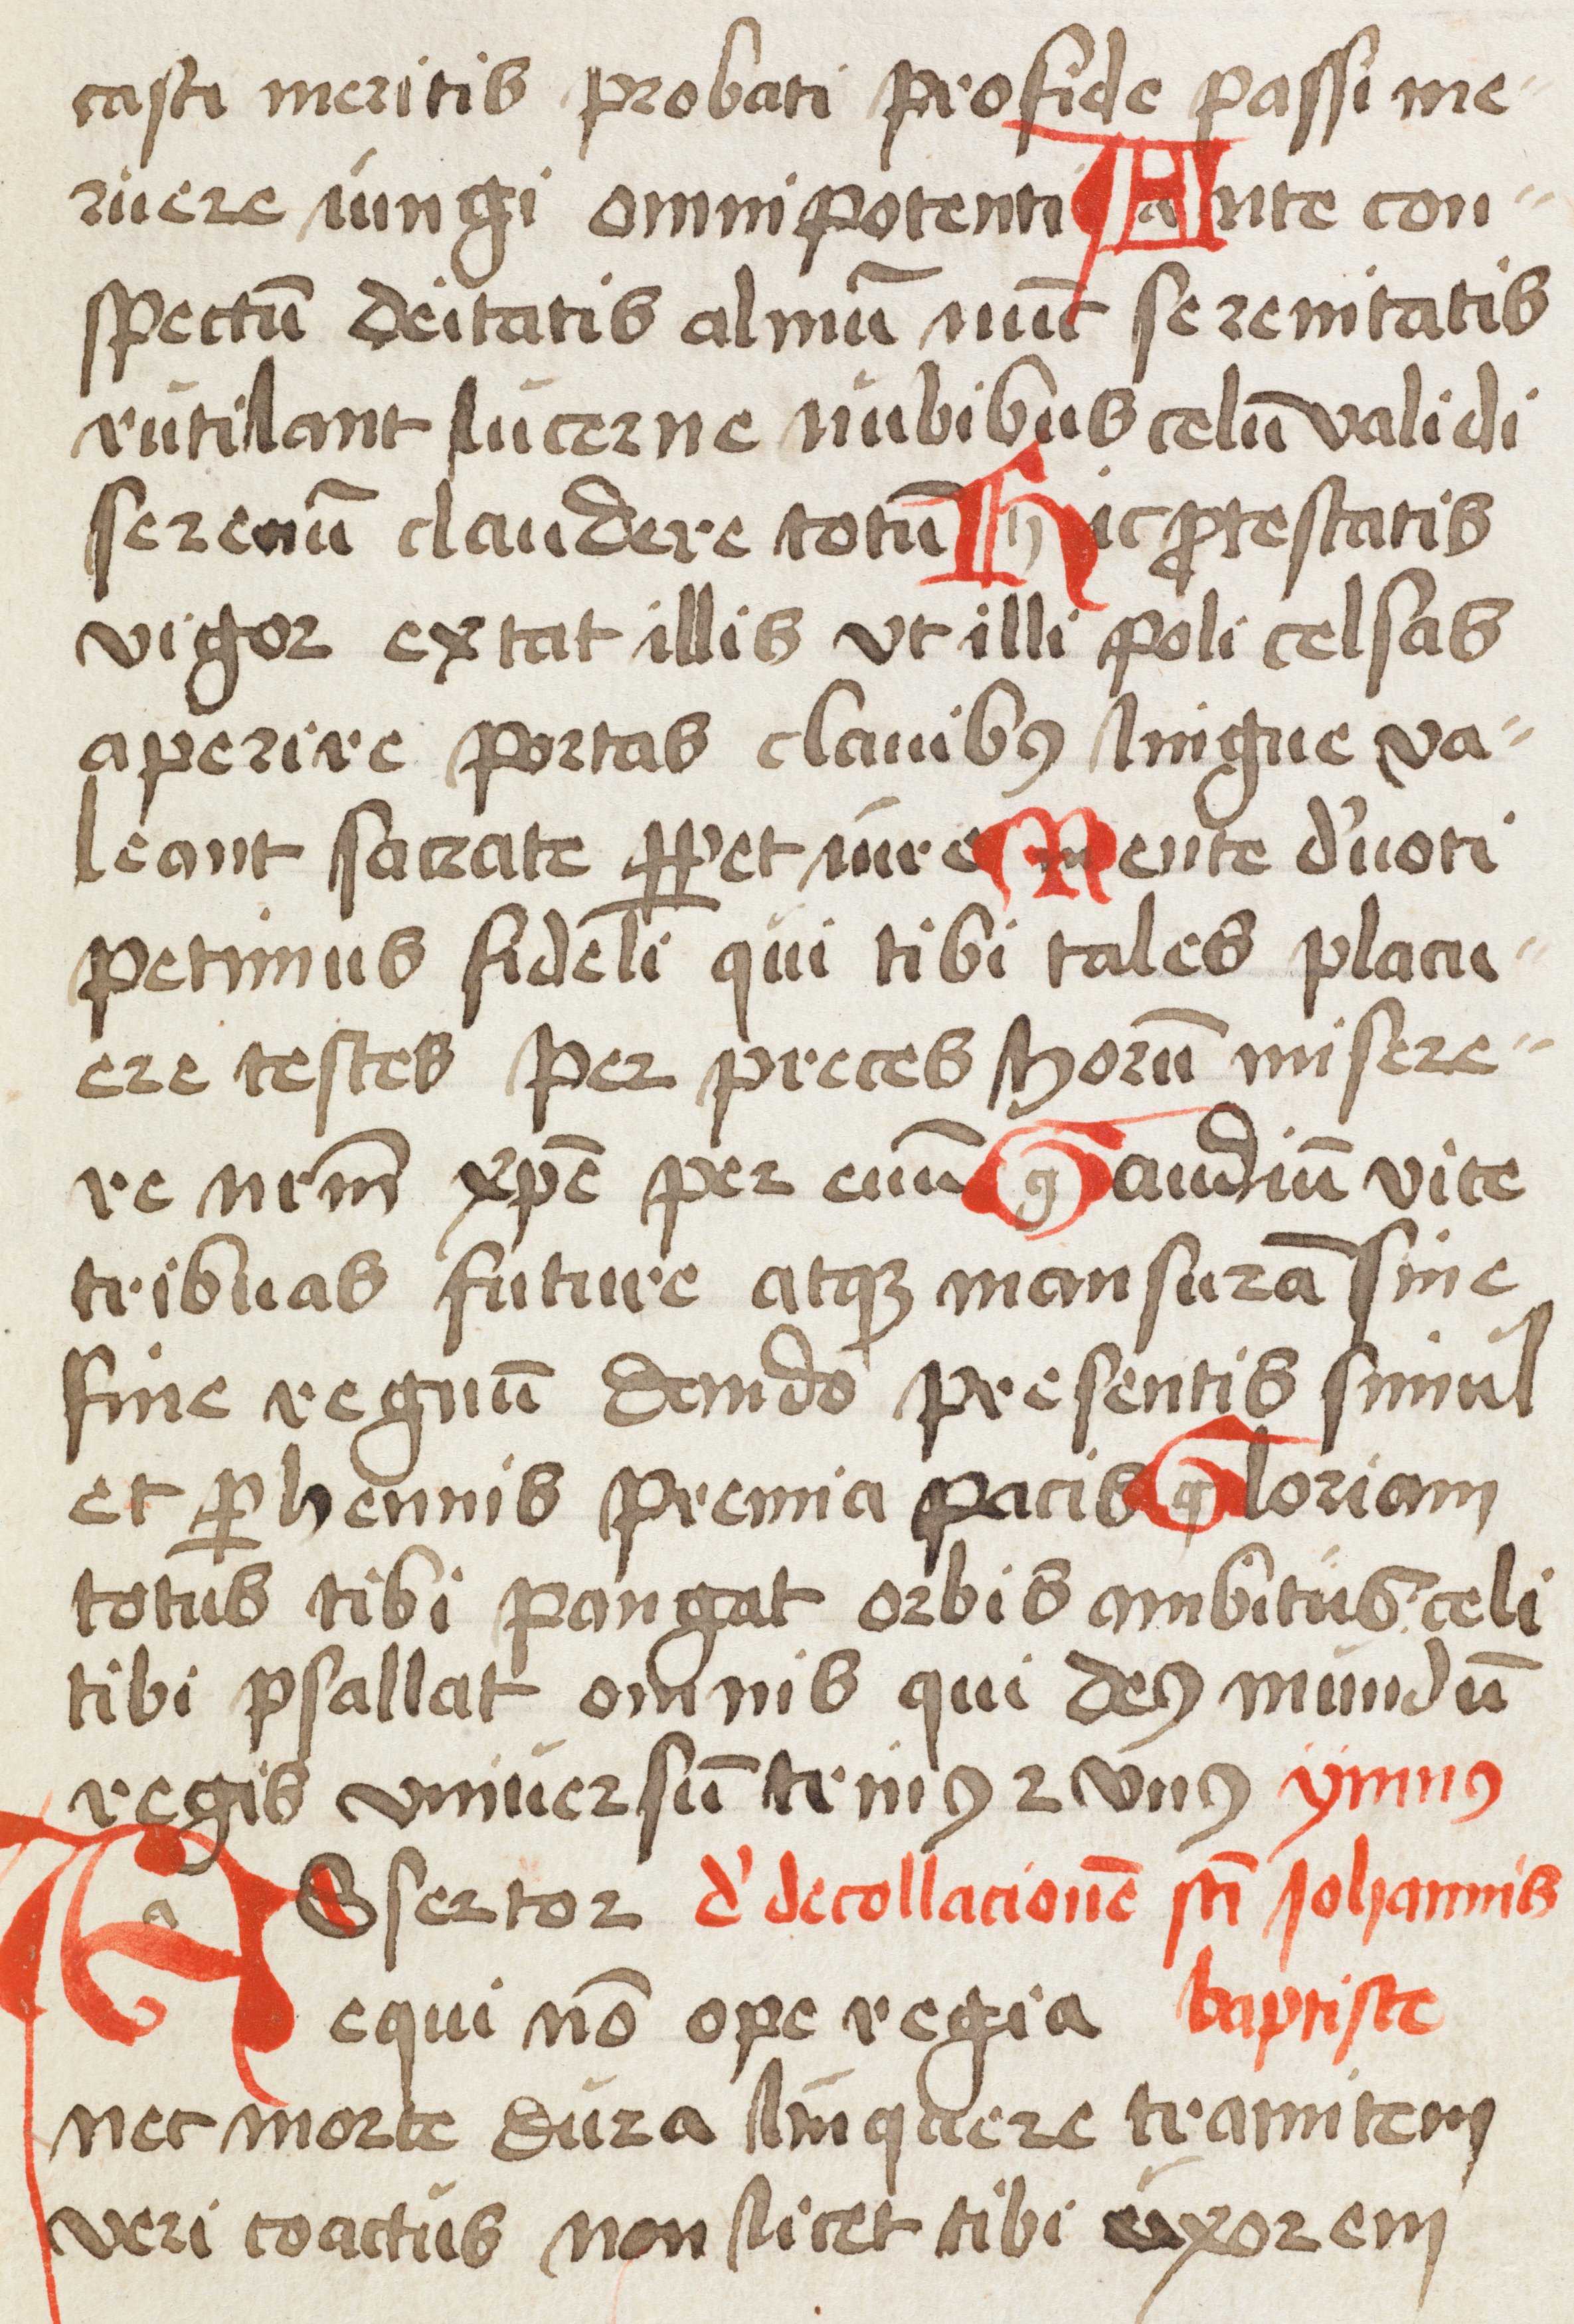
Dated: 1500–1524